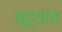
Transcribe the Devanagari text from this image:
सुट्टय़ांत